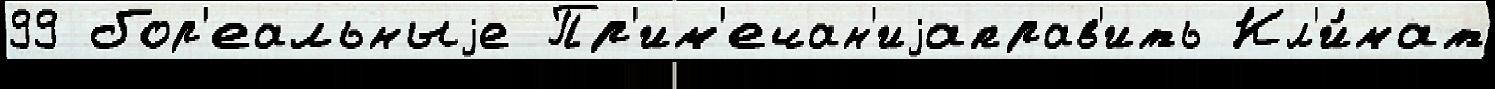
99 бор'еальныjе Пр'им'ечан'иjаправ'ить Кл'и́мат